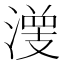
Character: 𰝀